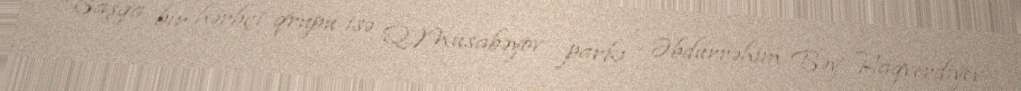
Başqa bir hərbçi qrupu isə Q.Musabəyov parkı - Əbdürrəhim Bəy Haqverdiyev